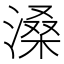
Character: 𪶽